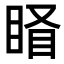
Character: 𥇄